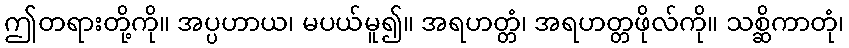
ဤတရားတို့ကို။ အပ္ပဟာယ၊ မပယ်မူ၍။ အရဟတ္တံ၊ အရဟတ္တဖိုလ်ကို။ သစ္ဆိကာတုံ၊